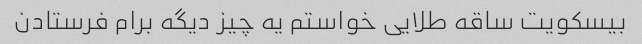
بیسکویت ساقه طلایی خواستم یه چیز دیگه برام فرستادن